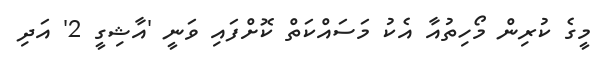
މީގެ ކުރިން މޯހިތުއާ އެކު މަސައްކަތް ކޮށްފައި ވަނީ 'އާޝިގީ 2' އަދި